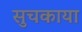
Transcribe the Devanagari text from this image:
सुचकाया